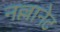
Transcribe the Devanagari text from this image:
नल्लानेट